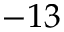
- 1 3